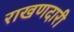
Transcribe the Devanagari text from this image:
राखणदारी